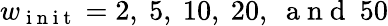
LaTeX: w_{\mathrm{~i~n~i~t~}}=2,\ 5,\ 10,\ 20,\ \mathrm{~a~n~d~}\ 50